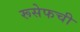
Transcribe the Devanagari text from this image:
रूसेफची